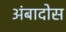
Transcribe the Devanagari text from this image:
अंबादोस